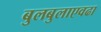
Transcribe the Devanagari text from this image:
बुलबुलाएवढा